Annual report of the Punjab Veterinary College and of the Civil Veterinary Department, Punjab - 1920-1925
Year: 1920
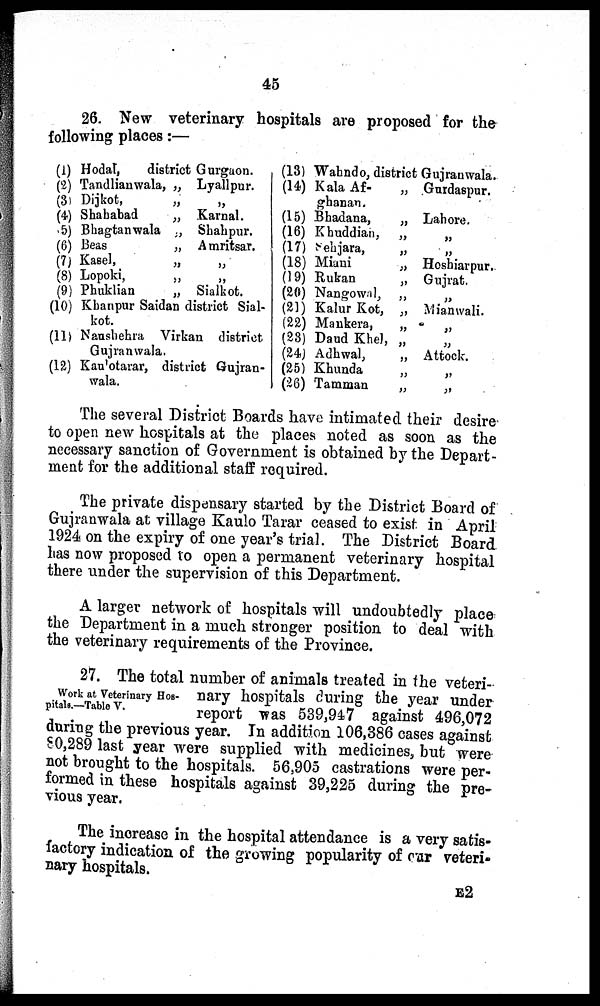
45
26. New veterinary hospitals are proposed for the
following places:—
(1)Hodal, district Gurgaon.
(2)Tandlianwala, „ Lyallpur.
(3)Dijkot,
„
„
(4)Shahabad
„ Karnal.
(5)Bhagtanwala „ Shahpur.
(6)Beas
„
Amritsar.
(7)Kasel,
„
„
(8)Lopoki,
„
„
(9)Phuklian
„ Sialkot.
(10)Khanpur Saidan district Sial-
kot.
(11)Naushehra Virkan district
Gujranwala.
(12)Kaulotarar, district Gujran-
wala.
(13) Wahndo, district Gujranwala.
(14) Kala Af-
„ Gurdaspur.
ghanan.
(15) Bhadana,
„ Lahore.
(16) Khuddian,
„
„
(17)
Sehjara,
„
„
(18) Miani
„
Hoshiarpur.
(19) Rukan
„
Gujrat.
(20) Nangowal, „ „
(21) Kalur Kot, „ Mianwali.
(22) Mankera,
„
„
(23) Daud Khel, „ „
(24) Adhwal,
„
Attock.
(25) Khunda
„
„
(26) Tamman
„
„
The several District Boards have intimated their desire
to open new hospitals at the places noted as soon as the
necessary sanction of Government is obtained by the Depart-
ment for the additional staff required.
The private dispensary started by the District Board of
Gujranwala at village Kaulo Tarar ceased to exist in April
1924 on the expiry of one year's trial. The District Board
has now proposed to open a permanent veterinary hospital
there under the supervision of this Department.
A larger network of hospitals will undoubtedly place
the Department in a much stronger position to deal with
the veterinary requirements of the Province.
Work at Veterinary Hos-
pitals.—Table V.
27. The total number of animals treated in the veteri-
nary hospitals during the year under
report was 539,947 against 496,072
during the previous year. In addition 106,386 cases against
80,289 last year were supplied with medicines, but were
not brought to the hospitals. 56,905 castrations were per-
formed in these hospitals against 39,225 during the pre-
vious year.
The increase in the hospital attendance is a very satis-
factory indication of the growing popularity of car veteri-
nary hospitals.
E2